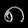
Digit: ၈